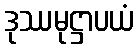
ဒုဿမုဋ္ဌာပယံ